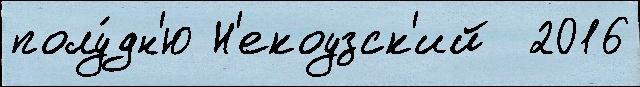
полу́дн'ю Н'екоузск'ий  2016